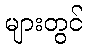
များတွင်